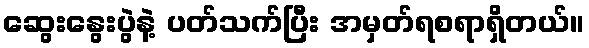
ဆွေးနွေးပွဲနဲ့ ပတ်သက်ပြီး အမှတ်ရစရာရှိတယ်။